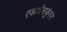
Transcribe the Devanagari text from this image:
एडाचेनाकुंगन